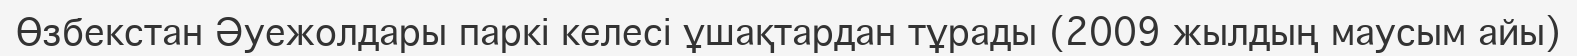
Өзбекстан Әуежолдары паркі келесі ұшақтардан тұрады (2009 жылдың маусым айы)